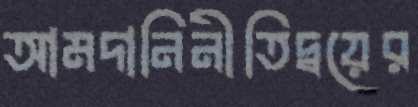
আমদানিনীতিদ্বয়ের